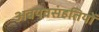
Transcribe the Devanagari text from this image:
अवयवसंहतियों